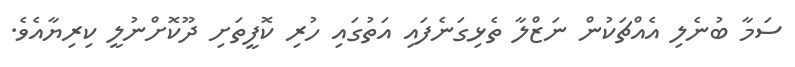
ސަމާ ބުނެލި އެއްޗަކުން ނަޒްލާ ތެޅިގަނެފައި އަތުގައި ހުރި ކޮފީތަށި ދޫކޮށްނުލީ ކިރިޔާއެވެ.